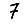
Digit: 7